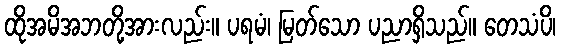
ထိုအမိအဘတို့အားလည်း။ ပရမံ၊ မြတ်သော ပညာရှိသည်။ တေသံပိ၊